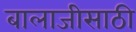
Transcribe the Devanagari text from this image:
बालाजीसाठी